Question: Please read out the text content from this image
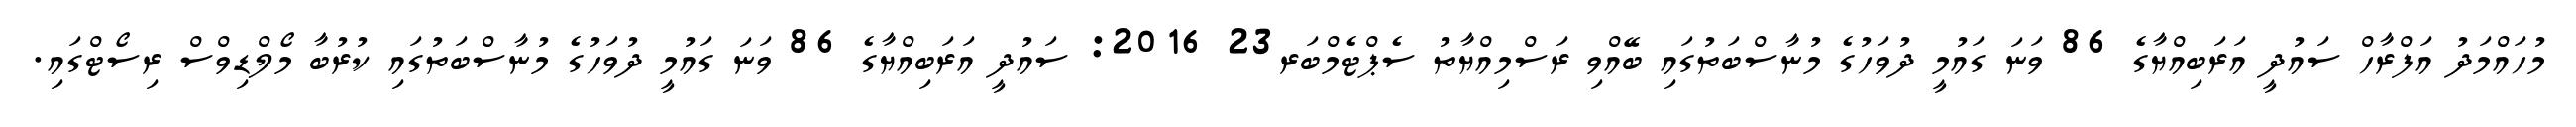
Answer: މުހައްމަދު އަފްރާހް ސައުދީ އަރަބިއްޔާގެ 86 ވަނަ ގައުމީ ދުވަހުގެ މުނާސްބަތުގައި ބޭއްވި ރަސްމިއްޔާތު ސެޕްޓެމްބަރ23 2016: ސައުދީ އަރަބިއްޔާގެ 86 ވަނަ ގައުމީ ދުވަހުގެ މުނާސްބަތުގައި ކުރުބާ މޯލްޑިވްސް ރިސޯޓްގައި.